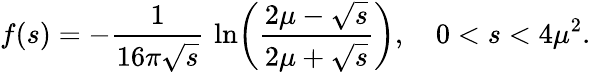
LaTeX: f(s)=-{\frac{1}{16\pi\sqrt{s}}}\, \ln\biggl({\frac{2\mu-\sqrt{s}}{2\mu+\sqrt{s}}}\biggr),\quad 0<s<4\mu^{2}.